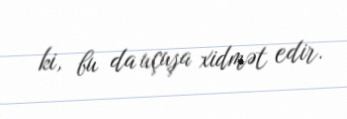
ki, bu da uçuşa xidmət edir.